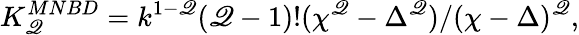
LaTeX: K_{\mathscr{Q}}^{MNBD}=k^{1-\mathscr{Q}}(\mathscr{Q}-1)!(\chi^{\mathscr{Q}}-\Delta^{\mathscr{Q}})/(\chi-\Delta)^{\mathscr{Q}},